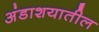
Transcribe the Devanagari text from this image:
अंडाशयातील